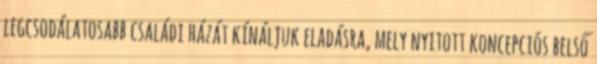
legcsodálatosabb családi házát kínáljuk eladásra, mely nyitott koncepciós belső